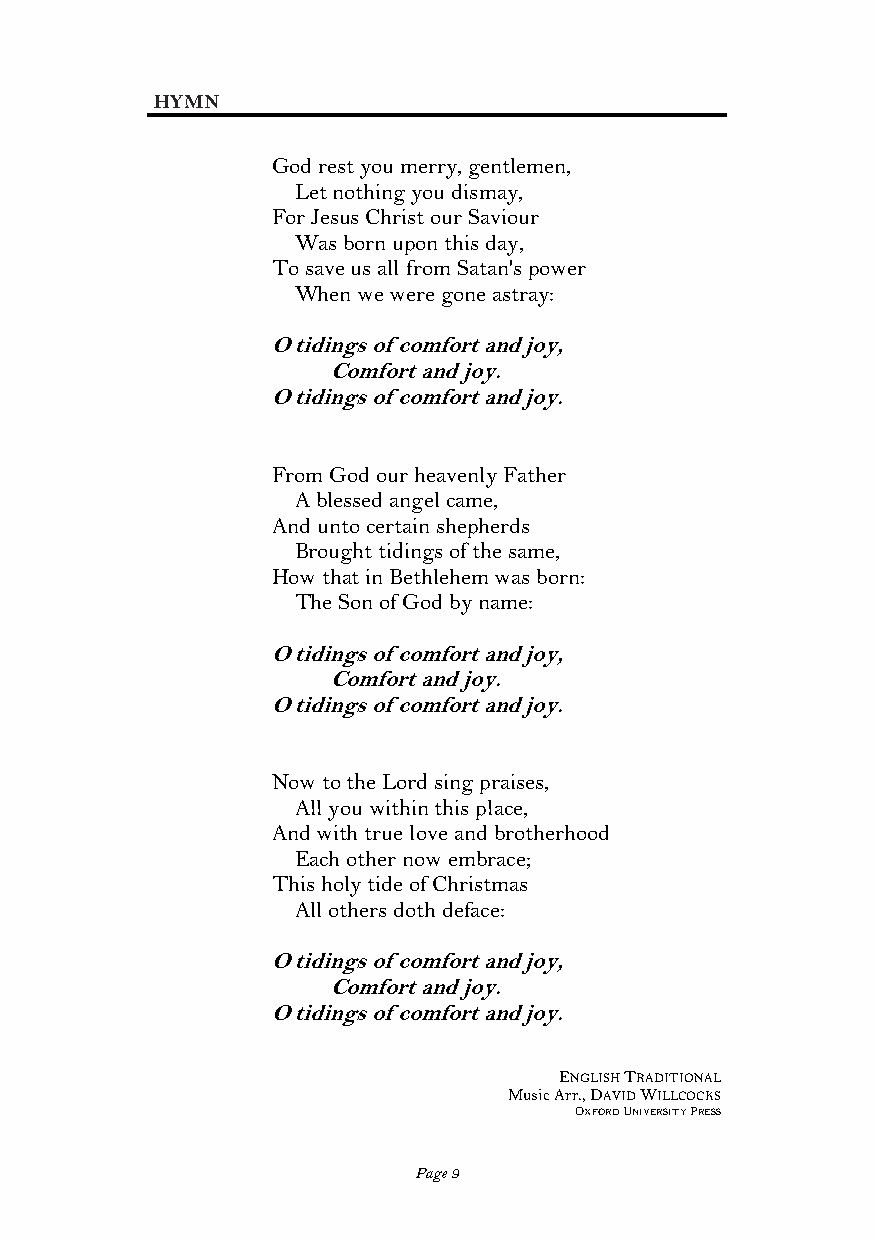
HYMN
 God rest you merry, gentlemen,
 Let nothing you dismay,
 For Jesus Christ our Saviour
 Was born upon this day,
 To save us all from Satan's power
 When we were gone astray:
 O tidings of comfort and joy,
 Comfort and joy.
 O tidings of comfort and joy.
 From God our heavenly Father
 A blessed angel came,
 And unto certain shepherds
 Brought tidings of the same,
 How that in Bethlehem was born:
 The Son of God by name:
 O tidings of comfort and joy,
 Comfort and joy.
 O tidings of comfort and joy.
 Now to the Lord sing praises,
 All you within this place,
 And with true love and brotherhood
 Each other now embrace;
 This holy tide of Christmas
 All others doth deface:
 O tidings of comfort and joy,
 Comfort and joy.
 O tidings of comfort and joy.
 ENGLISH TRADITIONAL
 Music Arr., DAVID WILLCOCKS
 OXFORD UNIVERSITY PRESS
 Page 9